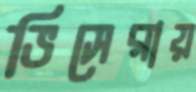
ভিসেরায়